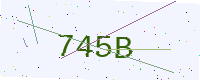
Text: 745B